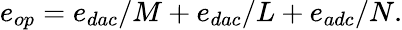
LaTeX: e_{op}=e_{dac}/M+e_{dac}/L+e_{adc}/N.